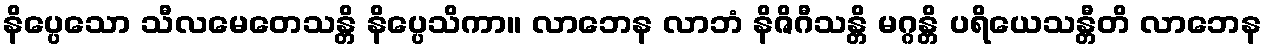
နိပ္ပေသော သီလမေတေသန္တိ နိပ္ပေသိကာ။ လာဘေန လာဘံ နိဇိဂီသန္တိ မဂ္ဂန္တိ ပရိယေသန္တီတိ လာဘေန